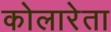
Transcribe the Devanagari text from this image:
कोलारेता